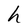
Character: h